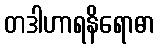
တဒါဟာရနိရောဓာ